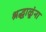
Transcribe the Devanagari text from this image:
श्रद्धाळूंना